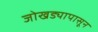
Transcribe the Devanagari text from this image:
जोखड्यापासून